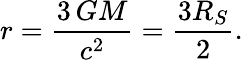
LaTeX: r={\frac{3\, GM}{c^{2}}}={\frac{3R_{S}}{2}}.